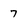
Character: 7